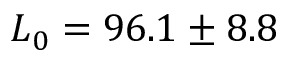
L _ { 0 } = 9 6 . 1 \pm 8 . 8